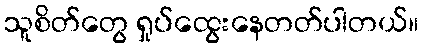
သူစိတ်တွေ ရှုပ်ထွေးနေတတ်ပါတယ်။